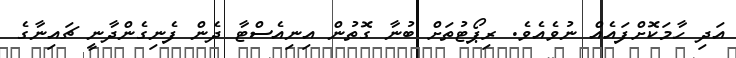
އަދި ހާމަކޮށްފައެއް ނުވެއެވެ. ރިޕޯޓުތަށް ބުނާ ގޮތުން އިނިއެސްޓާ ދެން ފެނިގެންދާނީ ޗައިނާގެ